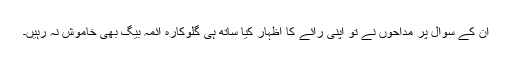
اُن کے سوال پر مداحوں نے تو اپنی رائے کا اظہار کیا ساتھ ہی گلوکارہ آئمہ بیگ بھی خاموش نہ رہیں۔